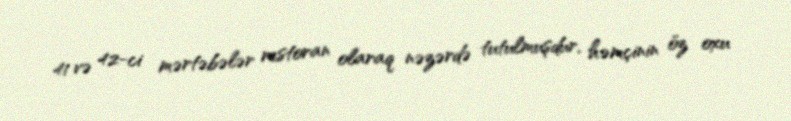
41 və 42-ci mərtəbələr restoran olaraq nəzərdə tutulmuşdur, həmçinin öz oxu